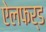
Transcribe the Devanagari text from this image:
ऐलफर्ड